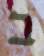
ב